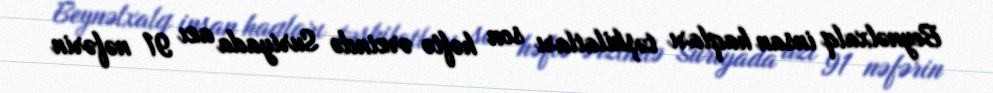
Beynəlxalq insan haqları təşkilatları son həftə ərzində Suriyada azı 91 nəfərin